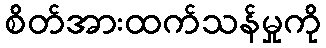
စိတ်အားထက်သန်မှုကို